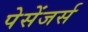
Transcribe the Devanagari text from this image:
पेसेंजर्स